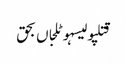
قتلپولیسہوٹلجاں بحق